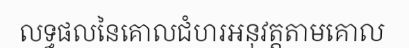
លទ្ធផលនៃគោលជំហរអនុវត្តតាមគោល